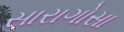
સારાગોસા